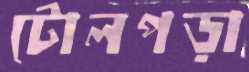
টোলপড়া